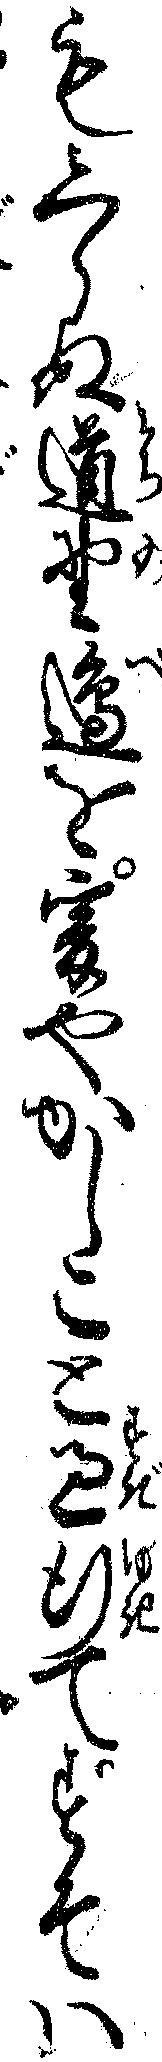
もしらぬ道野辺を爰やかしこと過行てすそハ